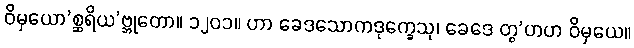
ဝိမှယော’စ္ဆရိယ’ဗ္ဘုတော။ ၁၂၀၁။ ဟာ ခေဒသောကဒုက္ခေသု၊ ခေဒေ တွ’ဟဟ ဝိမှယေ။